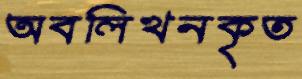
অবলিখনকৃত